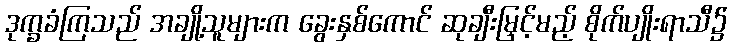
ဒုက္ခခံကြသည် အချို့သူများက ခွေးနှစ်ကောင် ဆုချီးမြှင့်မည့် စိုက်ပျိုးရာသီ၌